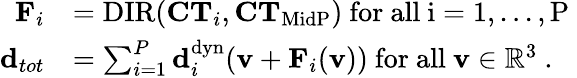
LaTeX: \begin{array}{rl}{\mathbf{F}_{i}}&{=\mathrm{DIR}(\mathbf{CT}_{i},\mathbf{CT}_{\mathrm{MidP}})\mathrm{~for~all~i=1,...,P~}}\\ {\mathbf{d}_{tot}}&{=\sum_{i=1}^{P}\mathbf{d}_{i}^{\mathrm{dyn}}(\mathbf{v}+\mathbf{F}_{i}(\mathbf{v}))\mathrm{~for~all~\mathbf{v}\in\mathbb{R}^3~.}}\end{array}